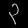
Digit: ၃